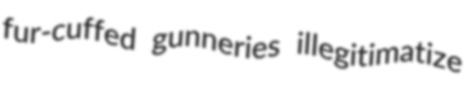
fur-cuffed gunneries illegitimatize